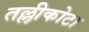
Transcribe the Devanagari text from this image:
तल्लीकोटा